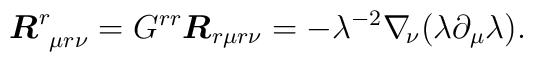
\mbox{\boldmath{$R$}}^r_{\ \mu r\nu}= G^{rr}\mbox{\boldmath{$R$}}_{r\mu r\nu}=-\lambda^{-2}\nabla_{\!\nu}(\lambda\partial_\mu\lambda).